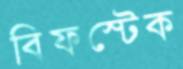
বিফস্টেক